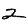
Digit: 2